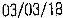
03/03/18